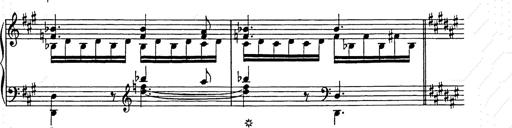
Title: Weihnachtsbaum
Composer: Franz Liszt